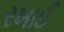
રખાઈ